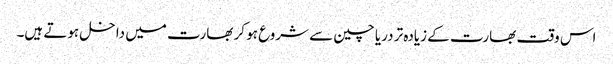
اس وقت بھارت کے زیادہ تر دریا چین سے شروع ہو کر بھارت میں داخل ہوتے ہیں۔